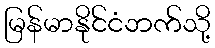
မြန်မာနိုင်ငံဘက်သို့